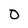
Character: 0